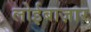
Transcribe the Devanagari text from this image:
लोईबाज़ार